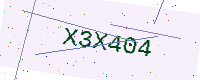
Text: X3X404